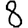
Digit: 8